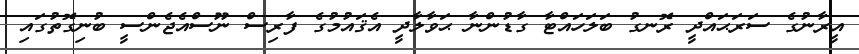
އީރާނުގެ ސަރަޙައްދީ ރޮނގު ބަލަހައްޓާ ގާޑުންނާ ޙަވާލާދީ އެޤައުމުގެ ފާރިސް ނޫސްއެޖެންސީ ބުނިގޮތުގައި